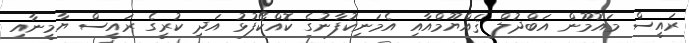
ރައީސް މައުމޫން އަބްދުލް ޤައްޔޫމްއާއި އެމަނިކުފާނުގެ ކޮއްކޯފުޅު އަދި ކުރީގެ ރައީސް ޔާމީނާއި